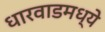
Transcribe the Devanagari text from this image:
धारवाडमध्ये